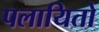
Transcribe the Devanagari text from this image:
पलायितो